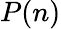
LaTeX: P(n)